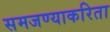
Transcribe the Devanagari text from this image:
समजण्याकरिता